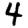
Digit: 4